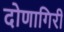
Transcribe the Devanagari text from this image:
दोणागिरी